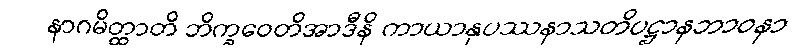
နာဂမိတ္ထာတိ ဘိက္ခဝေတိအာဒီနိ ကာယာနုပဿနာသတိပဋ္ဌာနဘာဝနာ